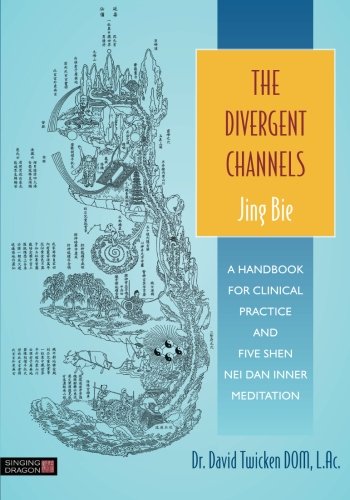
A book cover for The Divergent Channels - Jing Bie: A Handbook for Clinical Practice and Five Shen Nei Dan Inner Meditation; David Twicken; Health, Fitness & Dieting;